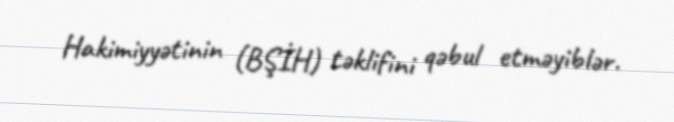
Hakimiyyətinin (BŞİH) təklifini qəbul etməyiblər.